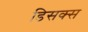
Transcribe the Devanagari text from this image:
डिसक्स